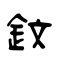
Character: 鈫